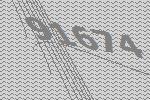
91674